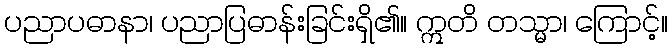
ပညာပဓာနာ၊ ပညာပြဓာန်းခြင်းရှိ၏။ ဣတိ တသ္မာ၊ ကြောင့်။